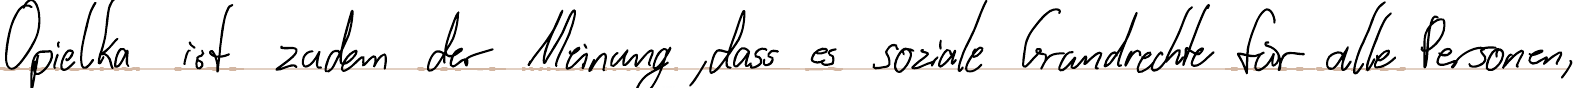
Opielka ist zudem der Meinung, dass es soziale Grundrechte für alle Personen,